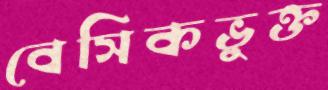
বেসিকভুক্ত